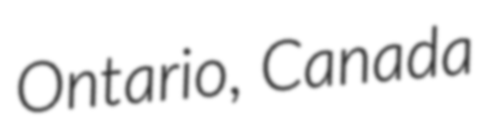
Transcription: Ontario, Canada